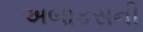
અબાકસની